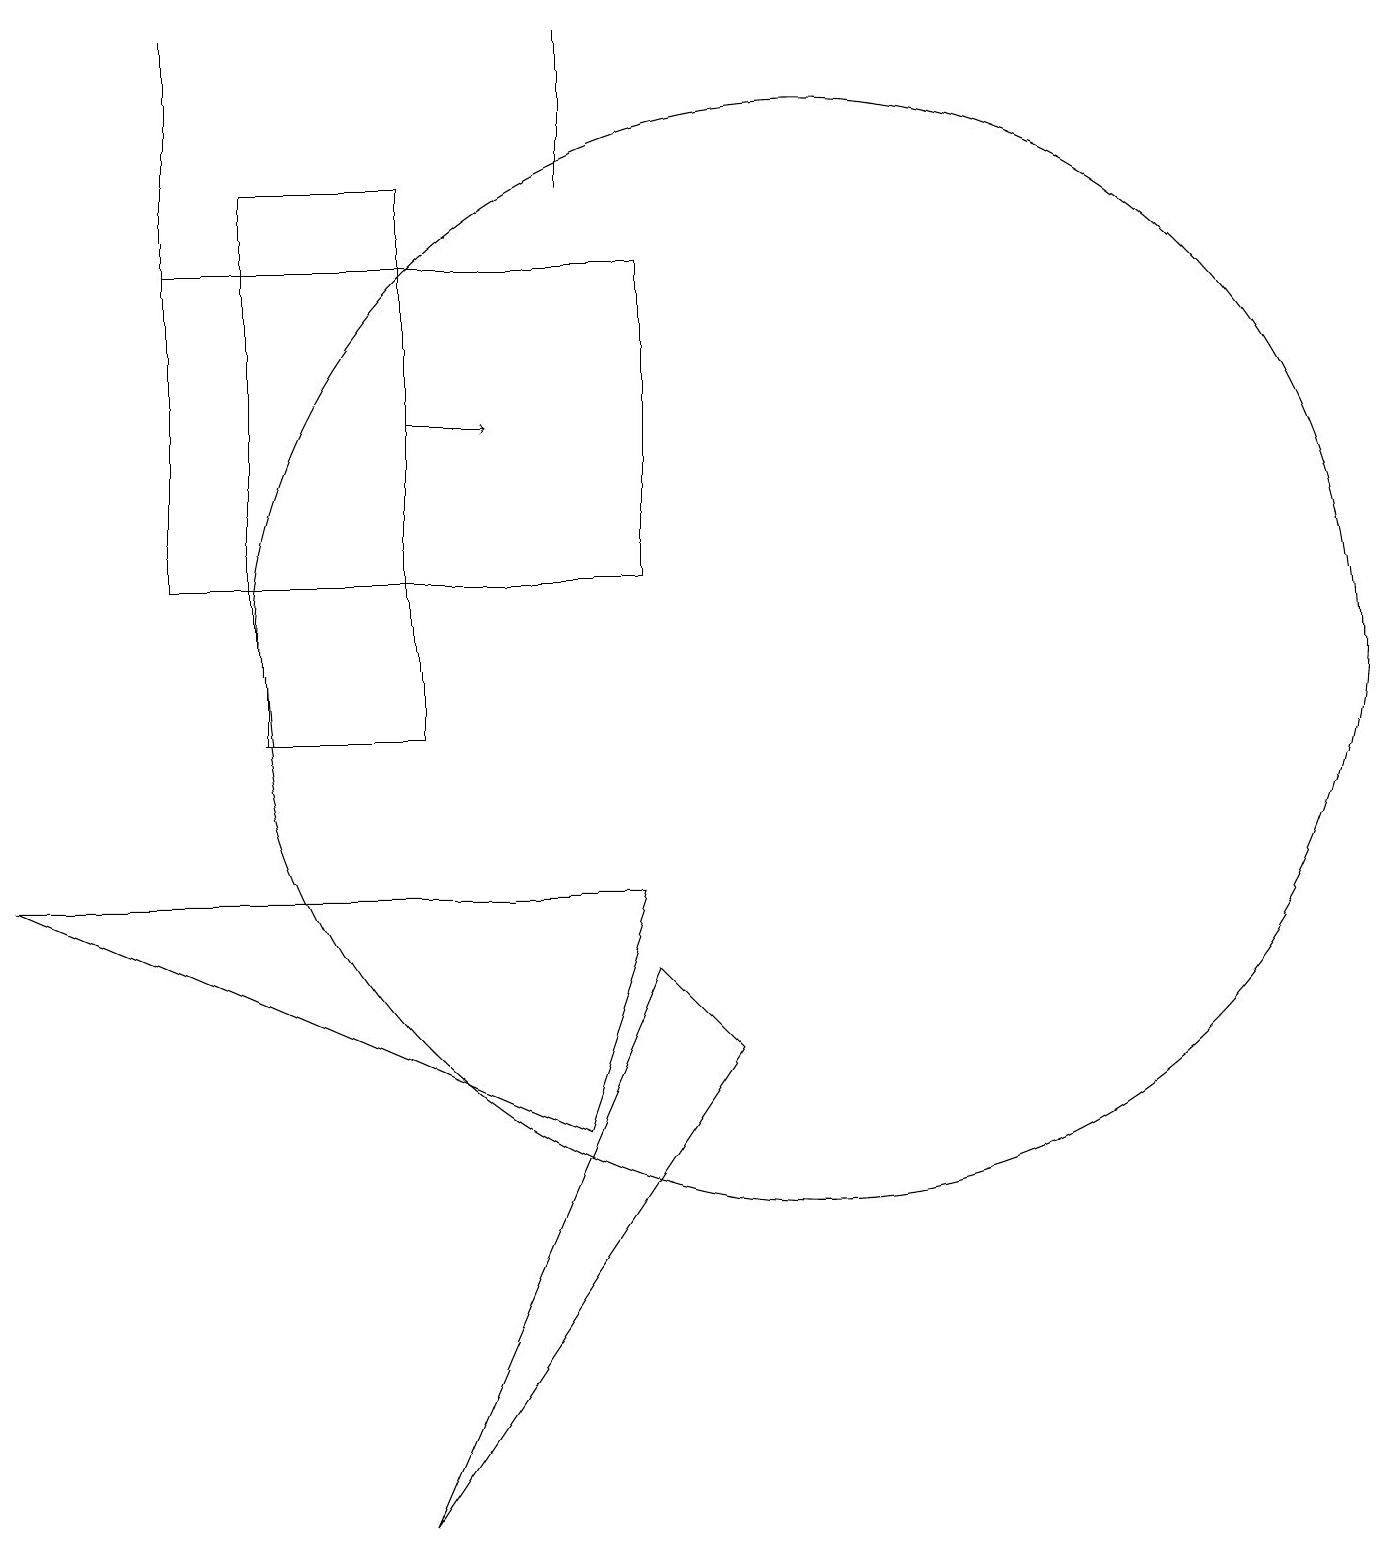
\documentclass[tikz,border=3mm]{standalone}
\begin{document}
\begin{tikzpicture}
\draw (2,19) rectangle (2,16);
\draw (7,5) -- (0,8) -- (8,8) -- cycle;
\draw (9,6) -- (5,0) -- (8,7) -- cycle;
\draw (10,11) circle (7);
\draw[->] (5,14) -- (6,14);
\draw (7,19) rectangle (7,17);
\draw (8,12) rectangle (2,16);
\draw (3,17) rectangle (5,10);
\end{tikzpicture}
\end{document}